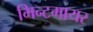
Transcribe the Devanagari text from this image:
मिन्टमायर